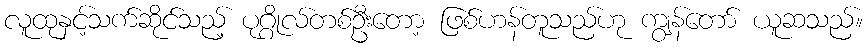
လူထုနှင့်သက်ဆိုင်သည့် ပုဂ္ဂိုလ်တစ်ဦးတော့ ဖြစ်ဟန်တူသည်ဟု ကျွန်တော် ယူဆသည်။